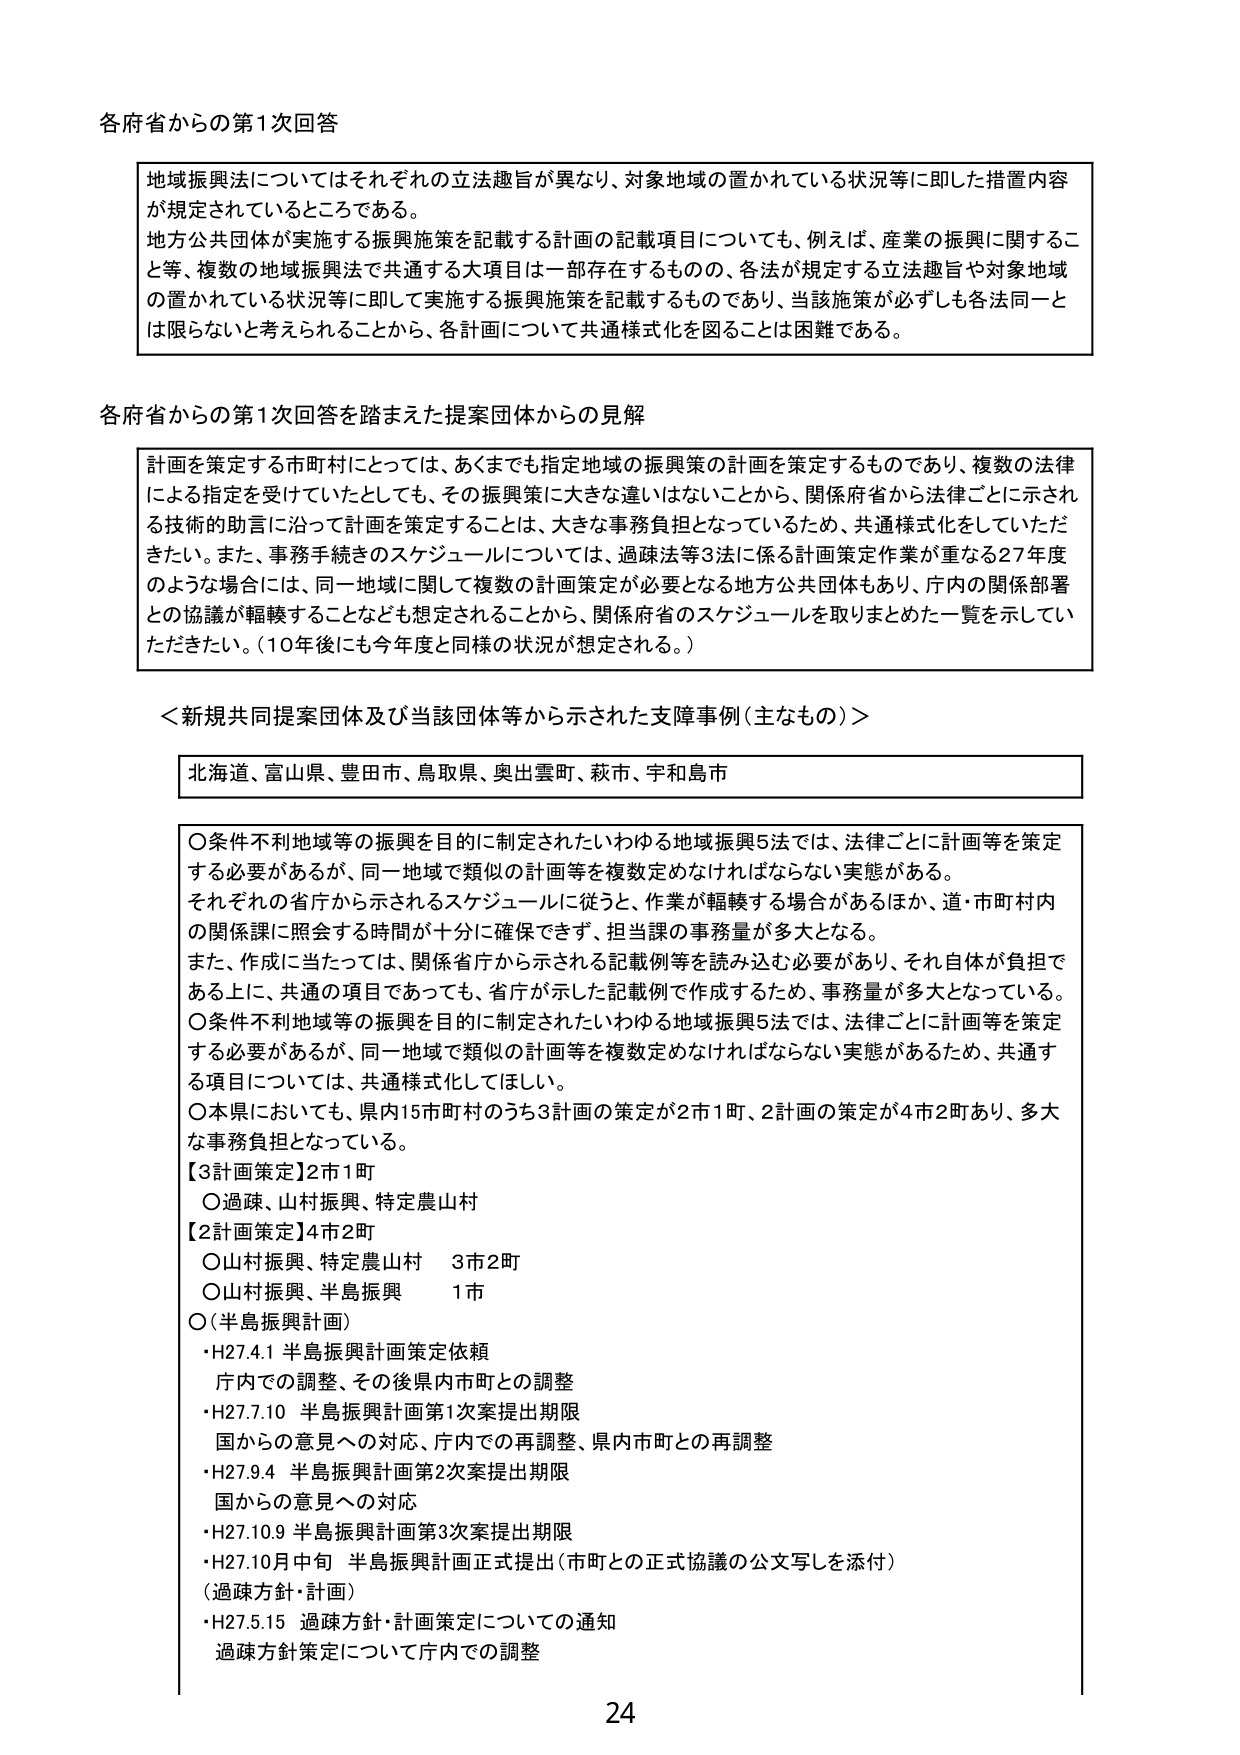
各府省からの第1次回答

地域振興法についてはそれぞれの立法趣旨が異なり、対象地域の置かれている状況等に即した措置内容が規定されているところである。
地方公共団体が実施する振興施策を記載する計画の記載項目についても、例えば、産業の振興に関すること等、複数の地域振興法で共通する大項目は一部存在するものの、各法が規定する立法趣旨や対象地域の置かれている状況等に即して実施する振興施策を記載するものであり、当該施策が必ずしも各法同一とは限らないと考えられることから、各計画について共通様式化を図ることは困難である。

各府省からの第1次回答を踏まえた提案団体からの見解

計画を策定する市町村にとっては、あくまでも指定地域の振興策の計画を策定するものであり、複数の法律による指定を受けていたとしても、その振興策に大きな違いはないことから、関係府省から法律ごとに示される技術的助言に沿って計画を策定することは、大きな事務負担となっているため、共通様式化をしていただきたい。また、事務手続きのスケジュールについては、過疎法等3法に係る計画策定作業が重なる27年度のような場合には、同一地域に関して複数の計画策定が必要となる地方公共団体もあり、庁内の関係部署との協議が輻輳することなども想定されることから、関係府省のスケジュールを取りまとめた一覧を示していただきたい。（10年後にも今年度と同様の状況が想定される。）

＜新規共同提案団体及び当該団体等から示された支障事例（主なもの）＞

北海道、富山県、豊田市、鳥取県、奥出雲町、萩市、宇和島市

〇条件不利地域等の振興を目的に制定されたいわゆる地域振興5法では、法律ごとに計画等を策定する必要があるが、同一地域で類似の計画等を複数定めなければならない実態がある。
それぞれの省庁から示されるスケジュールに従うと、作業が輻輳する場合があるほか、道・市町村内の関係課に照会する時間が十分に確保できず、担当課の事務量が多大となる。
また、作成に当たっては、関係省庁から示される記載例等を読み込む必要があり、それ自体が負担である上に、共通の項目であっても、省庁が示した記載例で作成するため、事務量が多大となっている。
〇条件不利地域等の振興を目的に制定されたいわゆる地域振興5法では、法律ごとに計画等を策定する必要があるが、同一地域で類似の計画等を複数定めなければならない実態があるため、共通する項目については、共通様式化してほしい。
〇本県においても、県内15市町村のうち3計画の策定が2市1町、2計画の策定が4市2町あり、多大な事務負担となっている。
【3計画策定】2市1町
〇過疎、山村振興、特定農山村
【2計画策定】4市2町
〇山村振興、特定農山村　3市2町
〇山村振興、半島振興　1市
〇（半島振興計画）
・H27.4.1 半島振興計画策定依頼
　庁内での調整、その後県内市町との調整
・H27.7.10 半島振興計画第1次案提出期限
　国からの意見への対応、庁内での再調整、県内市町との再調整
・H27.9.4 半島振興計画第2次案提出期限
　国からの意見への対応
・H27.10.9 半島振興計画第3次案提出期限
・H27.10月中旬 半島振興計画正式提出（市町との正式協議の公文写しを添付）
（過疎方針・計画）
・H27.5.15 過疎方針・計画策定についての通知
　過疎方針策定について庁内での調整

24